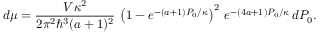
d \mu = \frac { V \kappa ^ { 2 } } { 2 \pi ^ { 2 } \hbar ^ { 3 } ( a + 1 ) ^ { 2 } } \, \left( 1 - e ^ { - ( a + 1 ) P _ { 0 } / \kappa } \right) ^ { 2 } \, e ^ { - ( 4 a + 1 ) P _ { 0 } / \kappa } \, d P _ { 0 } .